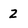
Character: 2